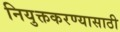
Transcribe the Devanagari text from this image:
नियुक्तकरण्यासाठी